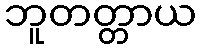
ဘူတတ္တာယ